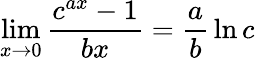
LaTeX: \operatorname*{lim}_{x\to 0}{\frac{c^{ax}-1}{bx}}={\frac{a}{b}}\ln c